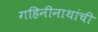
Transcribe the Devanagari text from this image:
गहिनीनाथांची